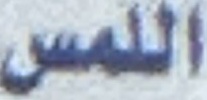
اللمس